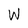
Character: W